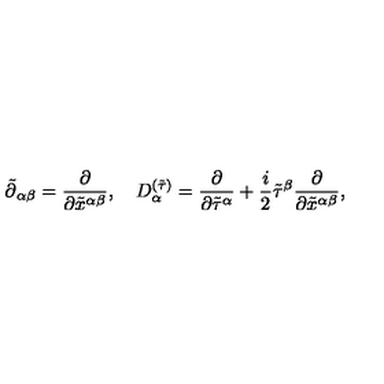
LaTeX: \tilde { \partial } { } _ { \alpha \beta } = \frac { \partial } { \partial { \tilde { x } ^ { \alpha \beta } } } , \quad D _ { \alpha } ^ { ( \tilde { \tau } ) } = \frac { \partial } { \partial \tilde { \tau } ^ { \alpha } } + \frac { i } { 2 } \tilde { \tau } ^ { \beta } \frac { \partial } { \partial { \tilde { x } ^ { \alpha \beta } } } ,